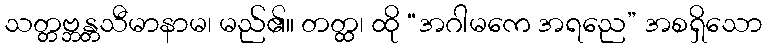
သတ္တဗ္ဘန္တသီမာနာမ၊ မည်၏။ တတ္ထ၊ ထို “အဂါမကေ အရညေ” အစရှိသော